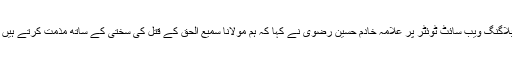
تفصیل کے مطابق مائیکرو بلاگنگ ویب سائٹ ٹوئٹر پر علامہ خادم حسین رضوی نے کہا کہ ہم مولانا سمیع الحق کے قتل کی سختی کے ساتھ مذمت کرتے ہیں اور ان کے لیے دعا گو ہیں ۔